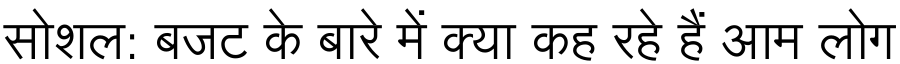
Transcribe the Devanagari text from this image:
सोशल: बजट के बारे में क्या कह रहे हैं आम लोग